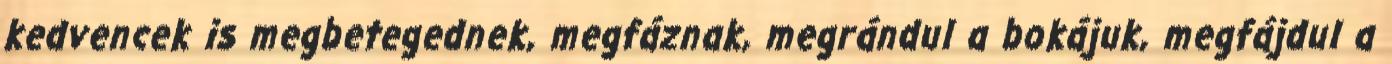
kedvencek is megbetegednek, megfáznak, megrándul a bokájuk, megfájdul a